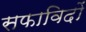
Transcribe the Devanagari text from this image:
सफाविदों